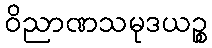
ဝိညာဏသမုဒယဉ္စ